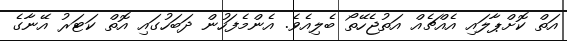
އަތް ކޮށްޕާލައި އެއްޗެއް އަތުޖެހޭތޯ ބެލިއެވެ. އެންމެފަހުން ދަބަހުގައި އޮތް ކަޓަރު އޭނާގެ